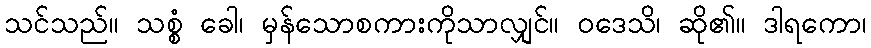
သင်သည်။ သစ္စံ ခေါ၊ မှန်သောစကားကိုသာလျှင်။ ဝဒေသိ၊ ဆို၏။ ဒါရကော၊